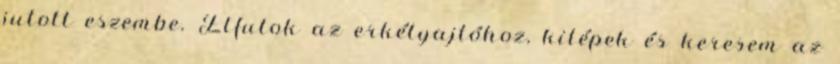
jutott eszembe. Elfutok az erkélyajtóhoz, kilépek és keresem az